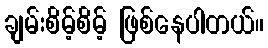
ချမ်းစိမ့်စိမ့် ဖြစ်နေပါတယ်။